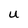
Character: u